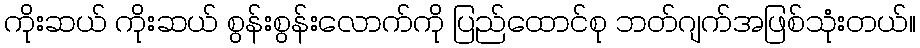
ကိုးဆယ် ကိုးဆယ် စွန်းစွန်းလောက်ကို ပြည်ထောင်စု ဘတ်ဂျက်အဖြစ်သုံးတယ်။